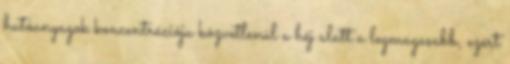
hatóanyagok koncentrációja közvetlenül a héj alatt a legmagasabb, ezért